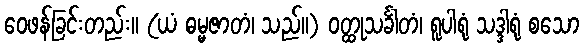
ဝေဖန်ခြင်းတည်း။ (ယံ ဓမ္မဇာတံ၊ သည်။) ဝတ္ထုသင်္ခါတံ၊ ရူပါရုံ သဒ္ဒါရုံ စသော